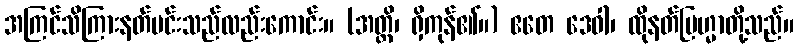
အကြင်သိကြားနတ်မင်းသည်လည်းကောင်း။ (အတ္ထိ၊ ရှိကုန်၏။) ဧတေ ဒေဝါ၊ ထိုနတ်ဗြဟ္မာတို့သည်။